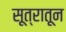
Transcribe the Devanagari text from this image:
सूत्रातून